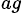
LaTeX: ^{ag}